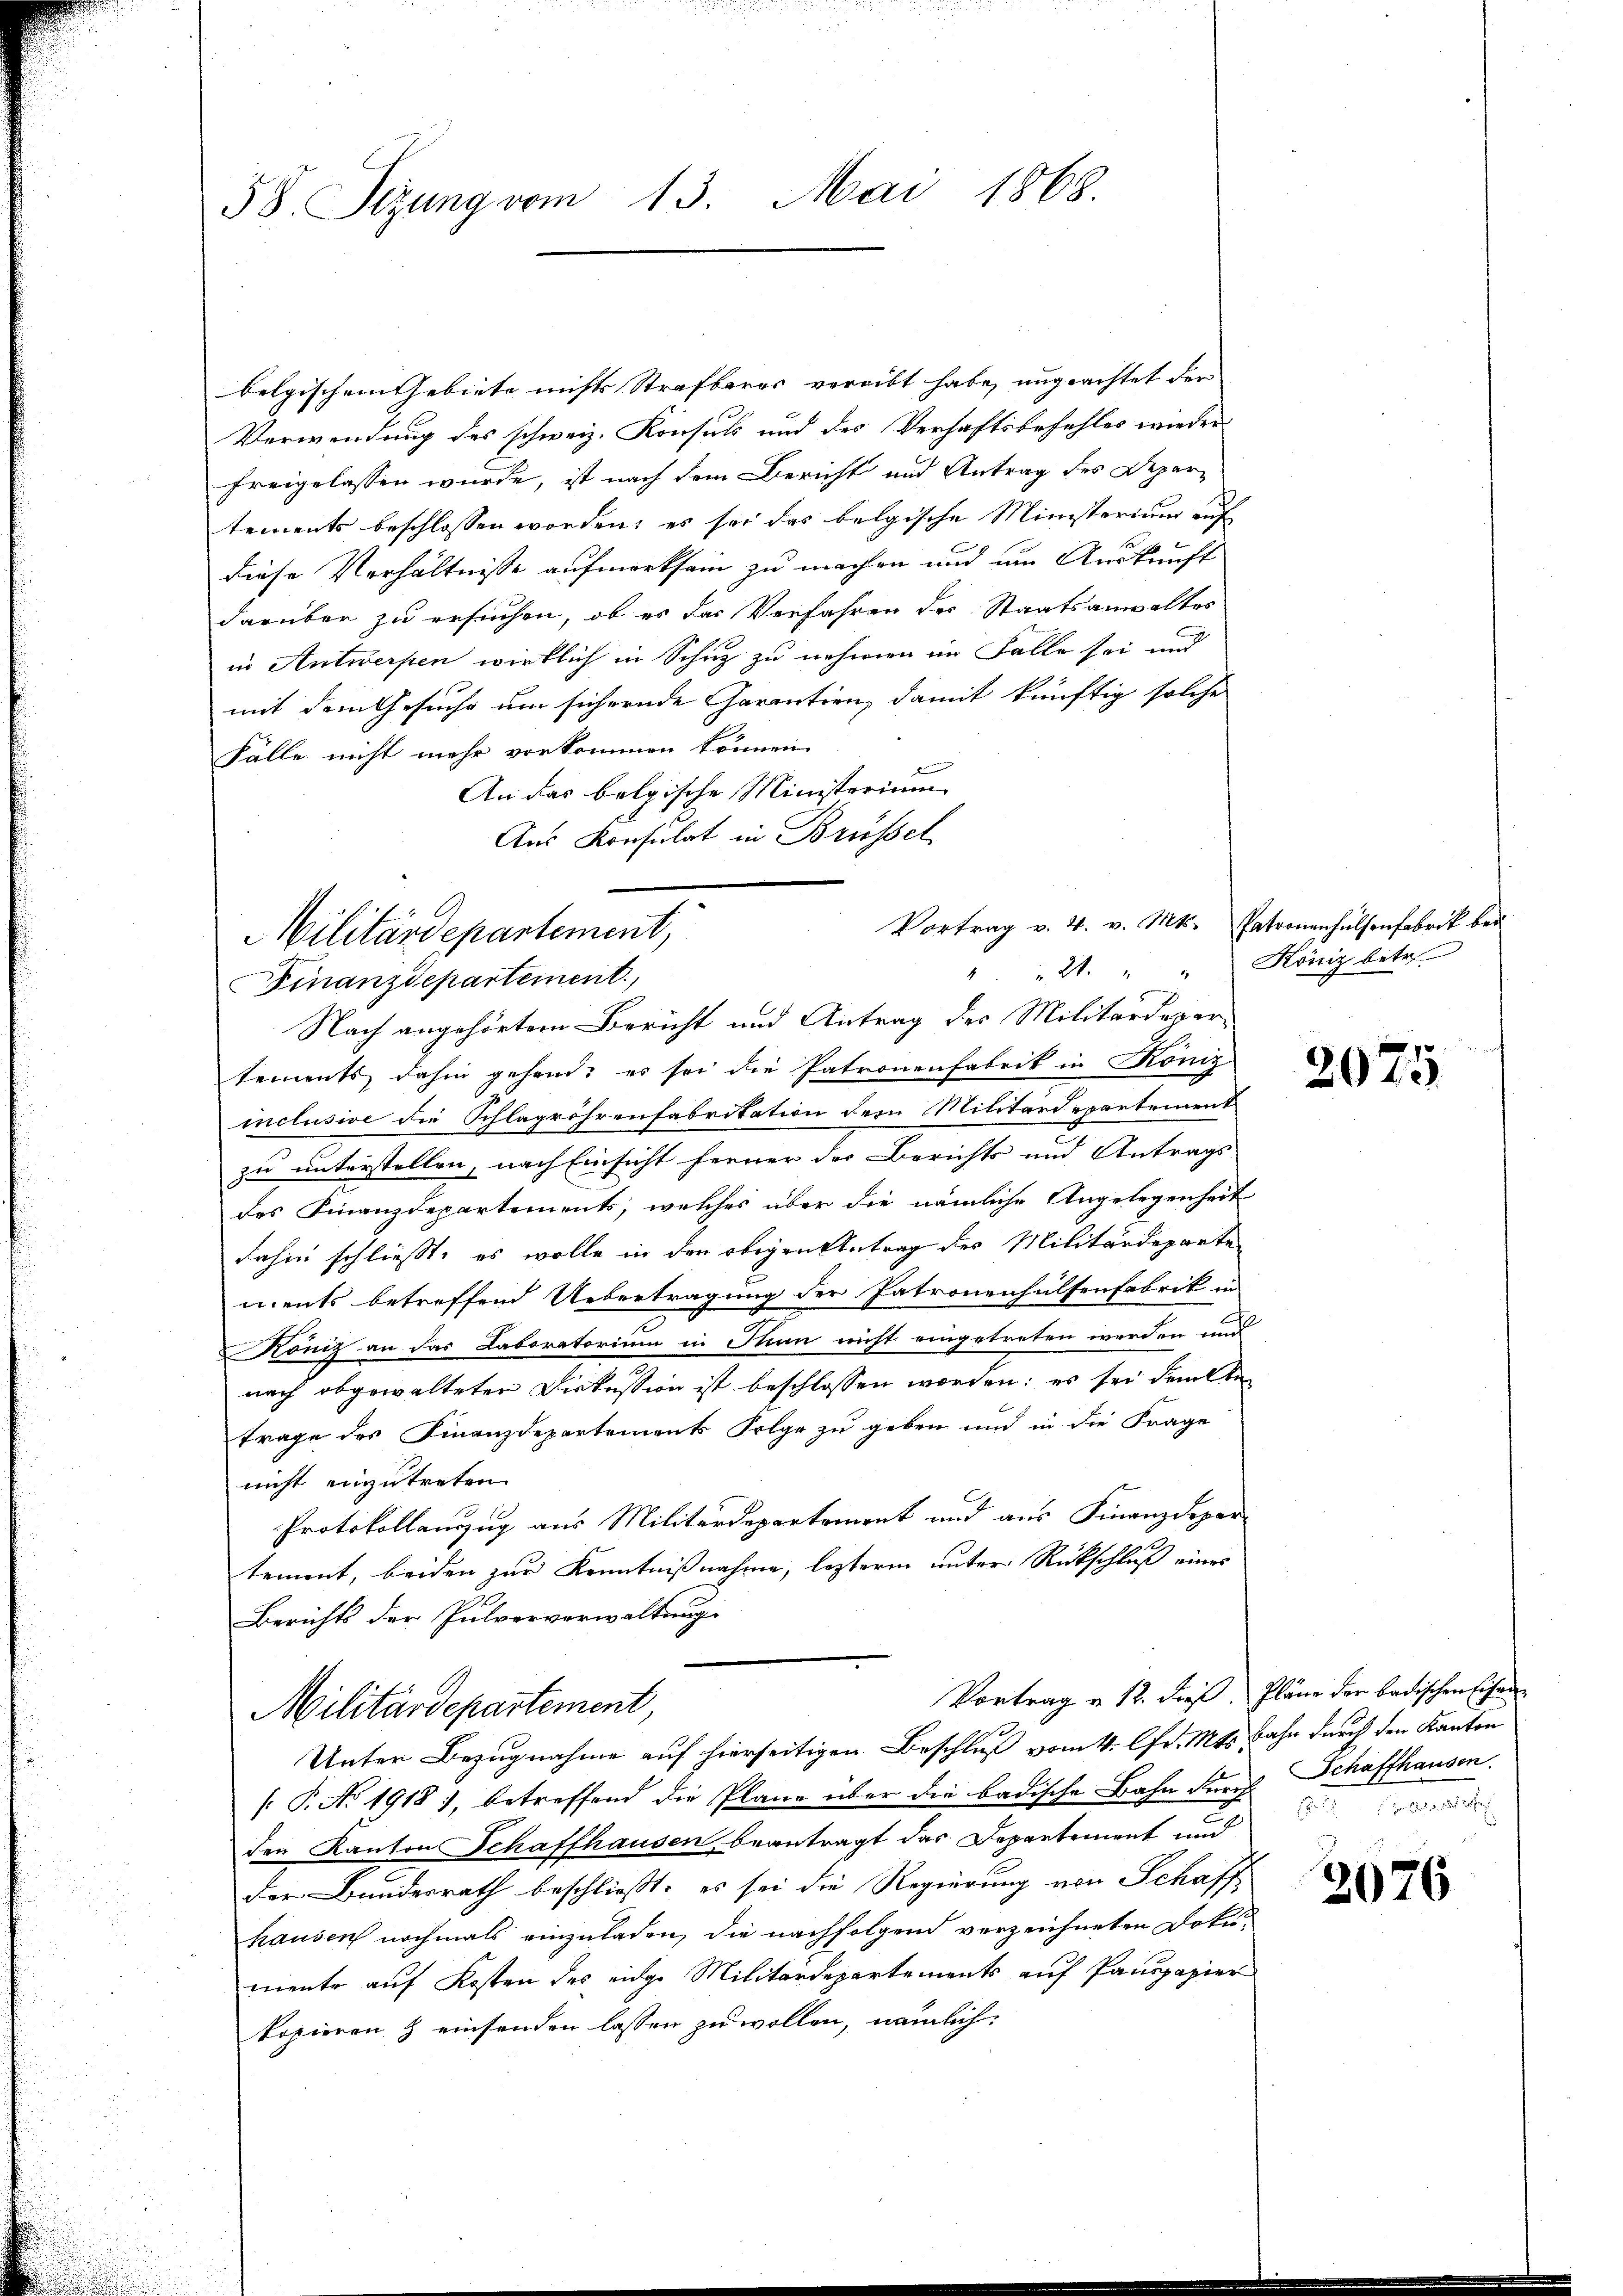
58. Sizung vom 13. Mai 1868.

belgischem Gebiete nichts Strafbares vergibt habe, ungeachtet der
Verwendung des schweiz. Konsuls und des Verhaftsbefehles wieder
freigelassen wurde, ist nach dem Bericht und Antrag des Departements beschlossen worden, es sei das belgische Ministerium auf
g
diese Verhältnisse aufmerksam zu machen und im Auskunft
darüber zu ersuchen, ob es das Verfahren des Staatsanwaltes
in Antwerpen wirklich in Schuz zu nehmen im Falle sei und
mit dem Gesuche um sichernde Garantien, damit künftig solche
Fälle nicht mehr vorkommen können.
An das belgische Ministerium
Aus Konsulat in Brüssel

Vortrag v. 4. v. Mts. Patronenhülsenfabrik bei
Militärdepartement,
" " 21. " " Köniz betr.
Finanzdepartement.

Nach angehörtem Bericht und Antrag des Militärdepar
tements dahin gehend es sei die Patronenfabrik in König
inclusive die Schlagröhrenfabritation der Militärdepartement
zu unterstellen, nach Einsicht ferner der Berichts und Antrags
des Finanzdepartements, welches über die nämliche Angelegenheit
dahin schliesst, es wolle in den obigen Antrag des Militärdeparte
ments betreffend Uebertragung der Patronenhülfenfabrik in
Köniz an das Laboratorium in Plan nicht eingetreten werden und
nach abgewalteten Diskussion ist beschlossen worden; es sei delten
trage des Finanzdepartements Folge zu geben und in die Frage
nicht einzutreten
Protokollanzug aus Militärdepartement und aus Finanzdepar
tement, beiden zur Kenntnißnahme, lezteren unter Rückschluß eines
Berichts der Pulververwaltung
Vortrag u. 12. dieß. Pläne der badischen schen
Militärdepartement,
Unter Bezugnahme auf hierseitigen Beschluß vom 4. Chr. Mts. Bahn durch den Kanton
[ P. No 1918), betreffend die Pläne über die badische Bahn durch Schaffhausen.
den Kanton Schaffhausen beantragt das Departement und
der Bundesrath beschließt: es sei die Regierung von Schaff
hausen nochmals einzuladen, die nachfolgend verzeichneten Doku-
mente auf Kosten des eidge Militärdepartements auf Panspapier
kopieren & einsenden lassen zu wollen, nämlich:

2075

3 Faust

3076